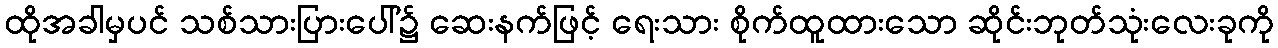
ထိုအခါမှပင် သစ်သားပြားပေါ်၌ ဆေးနက်ဖြင့် ရေးသား စိုက်ထူထားသော ဆိုင်းဘုတ်သုံးလေးခုကို